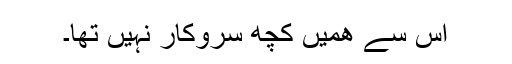
اس سے ھمیں کچھ سروکار نہیں تھا۔